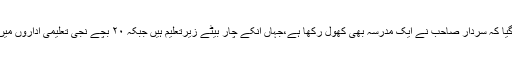
دوسری طرف یہ بھی بتایا گیا کہ سردار صاحب نے ایک مدرسہ بھی کھول رکھا ہے،جہاں انکے چار بیٹے زیرِتعلیم ہیں جبکہ ۲۰ بچے نجی تعلیمی اداروں میں تعلیم حاصل کر رہے ہیں ۔